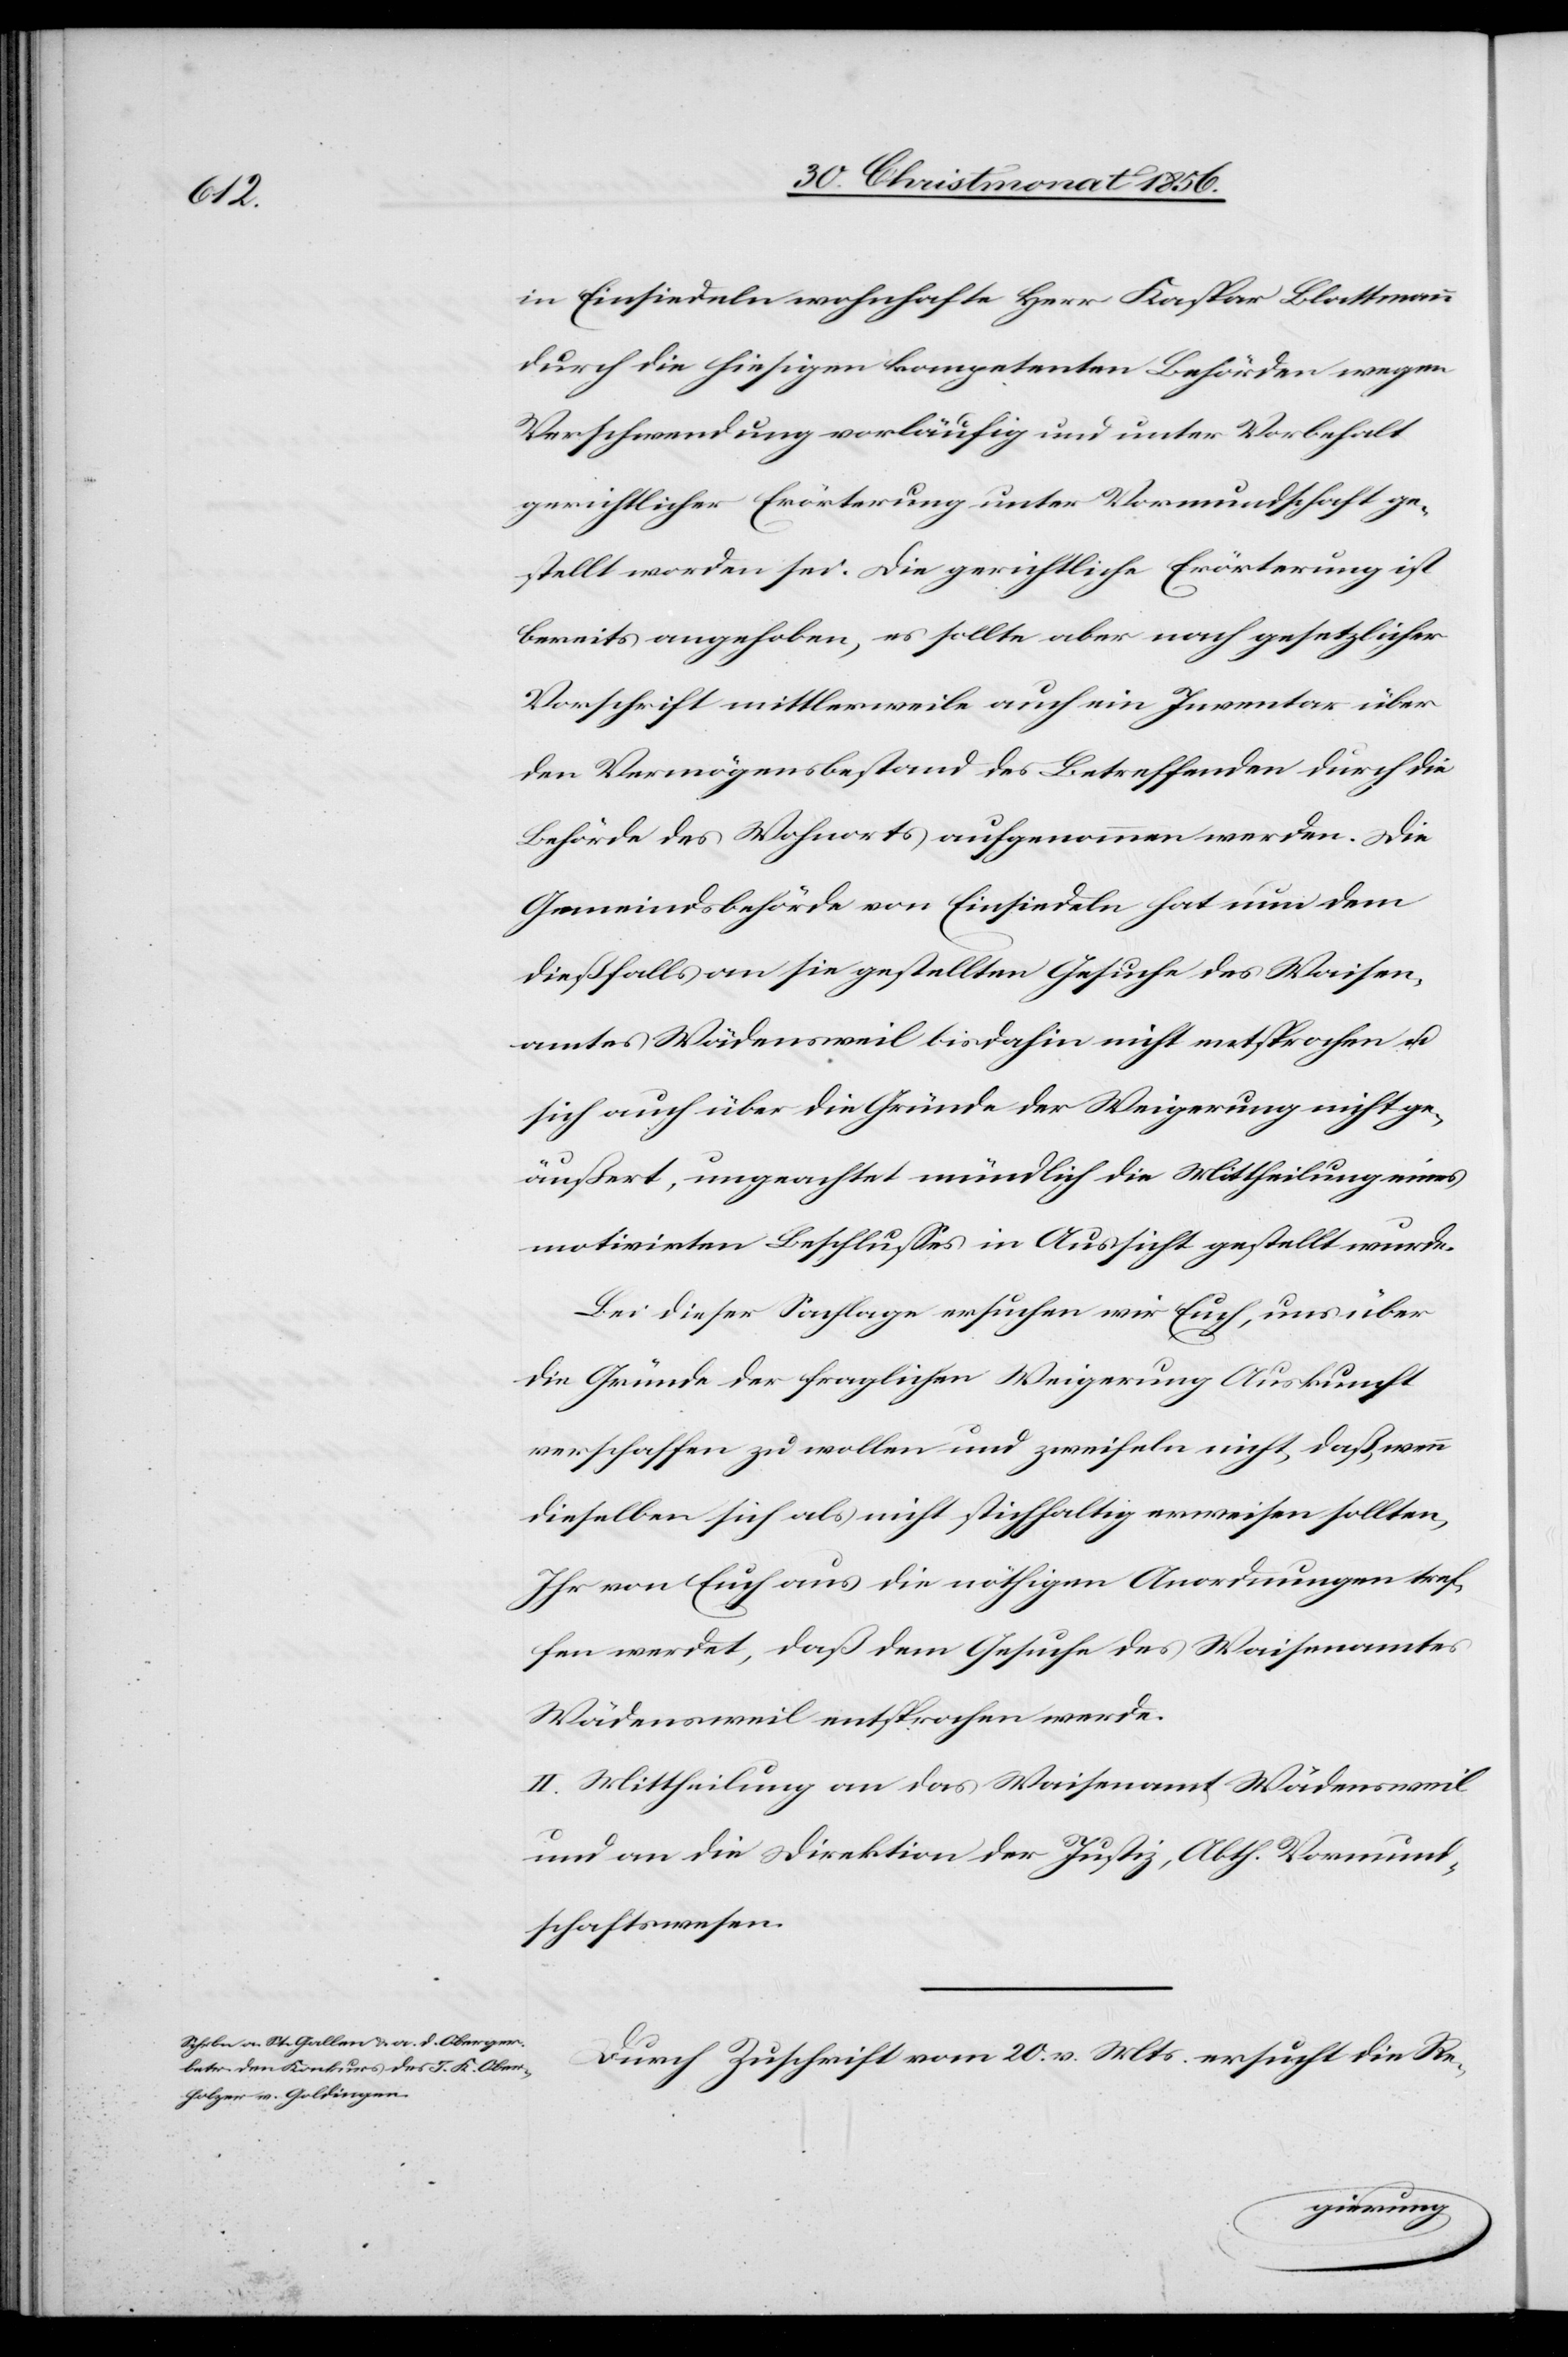
in Einsiedeln wohnhafte Herr Kaspar Blattmann
durch die hiesigen kompetenten Behörden wegen
Verschwendung vorläufig und unter Vorbehalt
gerichtlicher Erörterung unter Vormundschaft ge¬
stellt worden sei. Die gerichtliche Erörterung ist
bereits angehoben, es sollte aber nach gesetzlicher
Vorschrift mittlerweile auch ein Inventar über
den Vermögensbestand des Betreffenden durch die
Behörde des Wohnorts aufgenommen werden. Die
Gemeindsbehörde von Einsiedeln hat nun dem
dießfalls an sie gestellten Gesuche des Waisen¬
amtes Wädensweil bisdahin nicht entsprochen u.
sich auch über die Gründe der Weigerung nicht ge¬
äußert, ungeachtet mündlich die Mittheilung eines
motivirten Beschlusses in Aussicht gestellt wurde.
Bei dieser Sachlage ersuchen wir Euch, uns über
die Gründe der fraglichen Weigerung Auskunft
verschaffen zu wollen und zweifeln nicht, daß wenn
dieselben sich als nicht stichhaltig erweisen sollten,
Ihr von Euch aus die nöthigen Anordnungen tref¬
fen werdet, daß dem Gesuche des Waisenamtes
Wädensweil entsprochen werde.
II. Mittheilung an das Waisenamt Wädensweil
und an die Direktion der Justiz, Abth. Vormund¬
schaftswesen.
Durch Zuschrift vom 20. v. Mts. ersucht die Re-